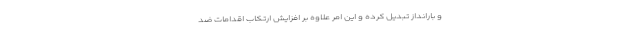
و بارانداز تبدیل کرده و این امر علاوه بر افزایش ارتکاب اقدامات ضد